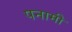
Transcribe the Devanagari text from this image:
पनामी